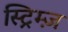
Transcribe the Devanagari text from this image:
स्ट्रिम्ज़